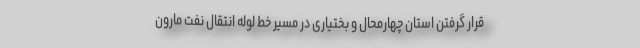
قرار گرفتن استان چهارمحال و بختیاری در مسیر خط لوله انتقال نفت مارون